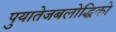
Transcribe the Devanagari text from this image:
पुयातेजबलोद्धिको